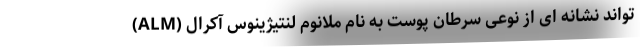
تواند نشانه ای از نوعی سرطان پوست به نام ملانوم لنتیژینوس آکرال (ALM)